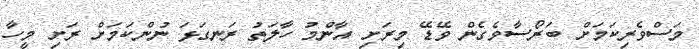
މަސްވެރިކަމަށް ބަރޯސާވެގެން ވޭޑޭ މިރަށި އާންމު ހާލަތު ރަނގަޅަ ނުންކަމަށް ރަށި މީހާ